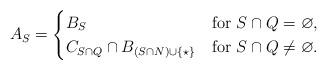
LaTeX: \begin{gather*}A_S =\begin{cases}B_S & \mbox{for} \ S\cap Q = \varnothing, \\C_{S\cap Q} \cap B_{(S\cap N) \cup \{\star \}} & \mbox{for} \ S\cap Q \ne \varnothing .\end{cases}\end{gather*}